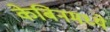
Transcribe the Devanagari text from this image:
केबिनमध्ये